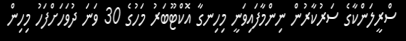
ސްރީލަންކާގެ ސަރުކާރުން ނިންމާފައިވަނީ މިހިނގާ އޮކްޓޫބަރު މަހުގެ 30 ވަނަ ދުވަހަށްފަހު މިހިން